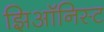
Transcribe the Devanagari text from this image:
झिऑनिस्ट